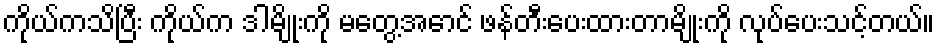
ကိုယ်ကသိပြီး ကိုယ်က ဒါမျိုးကို မတွေ့အောင် ဖန်တီးပေးထားတာမျိုးကို လုပ်ပေးသင့်တယ်။